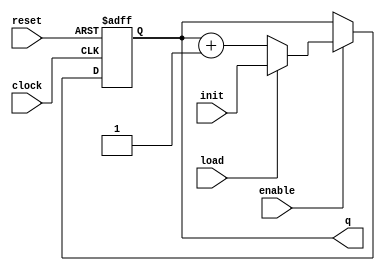
module counter_behavioural #(
    parameter bits = 16
) (
    input clock, reset, enable, load,
    input [bits-1:0] init,
    output reg [bits-1:0] q
);
    always @(posedge clock, posedge reset)
        if (reset) 
            q <= 0;
        else if (enable) 
            if (load) q <= init;
            else q <= q + 1;
endmodule